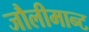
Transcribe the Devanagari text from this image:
जौलीमान्‍ट